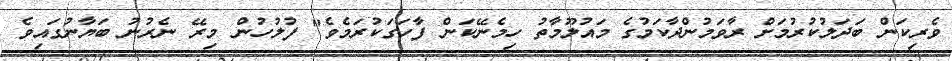
ވެރިކަން ބަދަލުކުރުމަށް ރާވަމުންދާކަމުގެ މައުލޫމާތު ހިމެނޭކަން ފާހަގަކުރަމެވެ" ފުލުހުން މިރޭ ނެރުނު ބަޔާނުގައިވެ